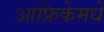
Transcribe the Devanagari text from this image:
आफ्रिकेमधे